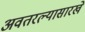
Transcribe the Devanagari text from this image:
अवतरल्यासारखे